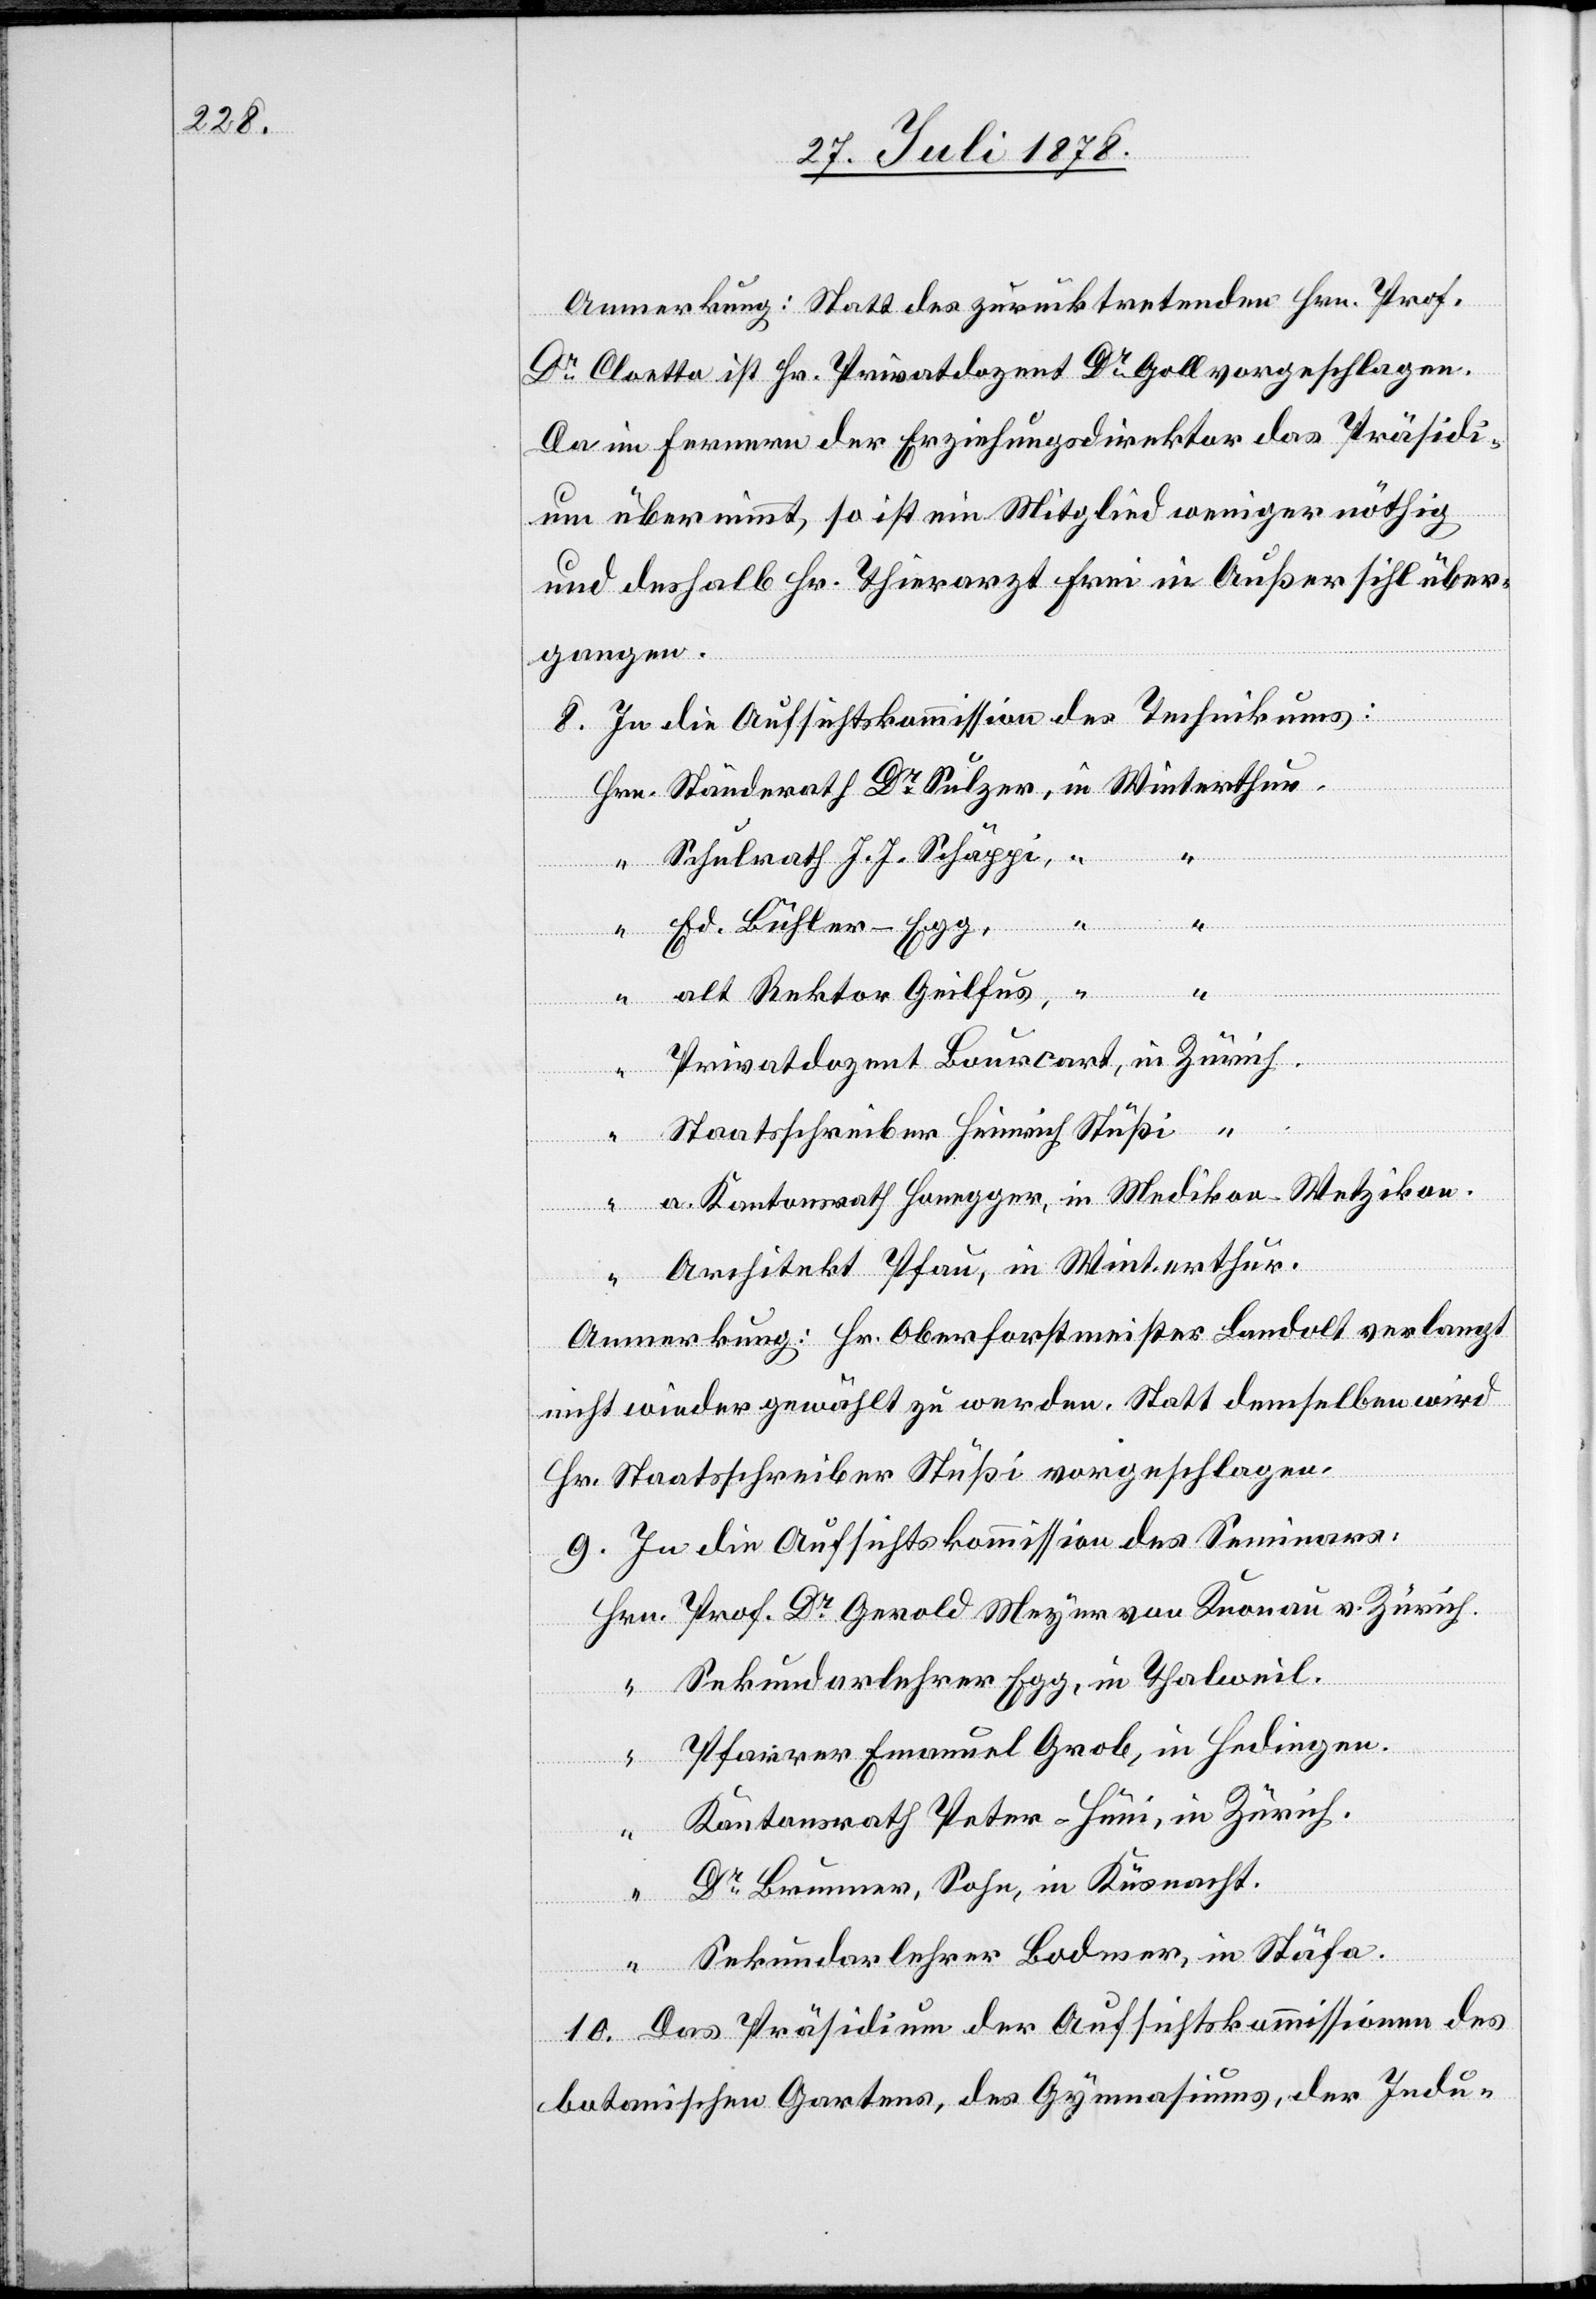
Anmerkung: Statt des zurücktretenden Hrn. Prof.
Dr Cloetta ist Hr. Privatdozent Dr Goll vorgeschlagen.
Da im Fernern der Erziehungsdirektor das Präsidi¬
um übernimmt, so ist ein Mitglied weniger nöthig
und deshalb Hr. Thierarzt Frei in Außersihl über¬
gangen.
8. In die Aufsichtskommission des Technikums:
Hrn. Ständerath Dr Sulzer, in Winterthur,
“ Schulrath J. J. Schäppi, “
“ Ed. Bühler-Egg,
“ alt Rektor Geilfus, “
Privatdozent Bourcart, in Zürich
“
Staatsschreiber Heinrich Stüßi
[in
a. Kantonsrath Honegger, in Medikon - Wetzikon.
“ Architekt Pfau, in Winterthur.
Anmerkung: Hr. Oberforstmeister Landolt verlangt
nicht wieder gewählt zu werden. Statt demselben wird
Hr. Staatsschreiber Stüßi vorgeschlagen.
9. In die Aufsichtskommission des Seminars:
Hrn. Prof. Dr Gerold Meyer von Knonau v. Zürich.
“ Sekundarlehrer Egg, in Thalweil.
Pfarrer Emanuel Grob, in Hedingen.
“
Kantonsrath Peter-Hüni, in Zürich
“
Dr Brunner, Sohn, in Küsnacht.
“
Sekundarlehrer Bodmer, in Stäfa.
10. Das Präsidium der Aufsichtskommissionen des
botanischen Gartens, des Gymnasiums, der Indu-